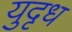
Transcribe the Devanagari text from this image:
युदृध